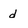
Character: d